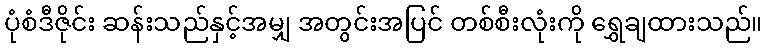
ပုံစံဒီဇိုင်း ဆန်းသည်နှင့်အမျှ အတွင်းအပြင် တစ်စီးလုံးကို ရွှေချထားသည်။